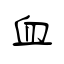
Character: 血